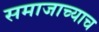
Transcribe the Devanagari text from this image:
समाजाच्याच